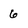
Character: 6